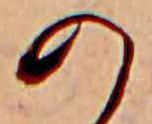
の